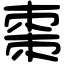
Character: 棗